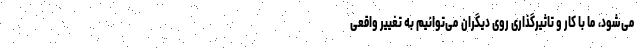
می‌شود، ما با کار و تاثیرگذاری روی دیگران می‌توانیم به تغییر واقعی